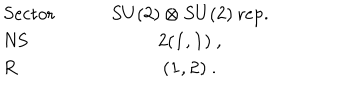
\begin{array} { l c } { { { \mathrm { S e c t o r } } \quad \quad } } & { { S U ( 2 ) \otimes S U ( 2 ) ~ { \mathrm { r e p . } } } } \\ { { { \mathrm { N S } } } } & { { 2 ( { \bf 1 } , { \bf 1 } ) ~ , } } \\ { { { \mathrm { R } } } } & { { ( { \bf 1 } , { \bf 2 } ) ~ . } } \\ \end{array}